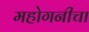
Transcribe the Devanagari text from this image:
महोगनीचा